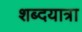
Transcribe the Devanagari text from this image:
शब्दयात्रा